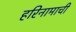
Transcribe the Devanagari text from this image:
हरिनामाची